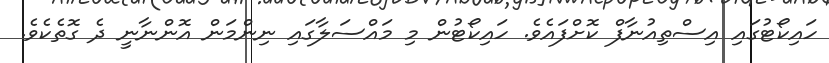
ހައިކޯޓުގައި އިސްތިއުނާފް ކޮށްފައެވެ. ހައިކޯޓުން މި މައްސަލާގައި ނިންމަން އޮންނާނީ ދެ ގޮތެކެވެ.